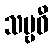
သဗ္ဗဓီ